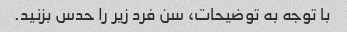
با توجه به توضیحات، سن فرد زیر را حدس بزنید.